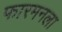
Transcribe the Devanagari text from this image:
फारमनला